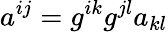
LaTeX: a^{ij}=g^{ik}g^{jl}a_{kl}